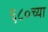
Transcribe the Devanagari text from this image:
६८०च्या